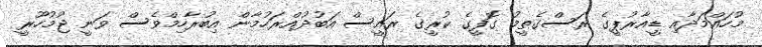
މުހައްމަދާއި ޑީއާރުޕީގެ ރަސްގެތީމު ގޮފީގެ ކުރީގެ ރައީސް އަބުދުއްރަހުމާން އިބުރާހިމްވެސް ވަނީ ޖުމުހޫރީ